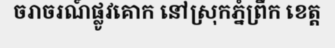
ចរាចរណ៍ផ្លូវគោក នៅស្រុកភ្នំព្រឹក ខេត្ត